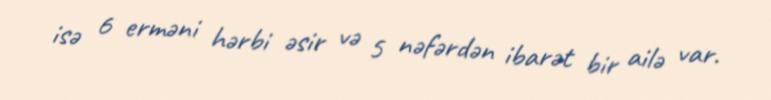
isə 6 erməni hərbi əsir və 5 nəfərdən ibarət bir ailə var.